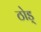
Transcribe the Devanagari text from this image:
ठोड्